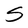
Character: S